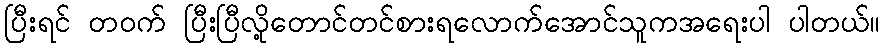
ပြီးရင် တဝက် ပြီးပြီလို့တောင်တင်စားရလောက်အောင်သူကအရေးပါ ပါတယ်။